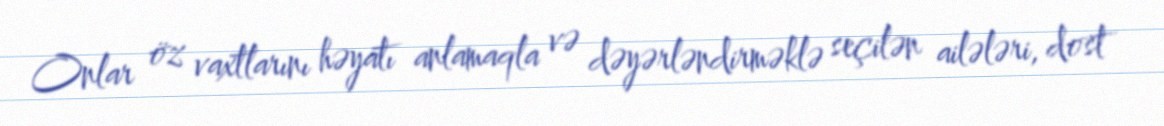
Onlar öz vaxtlarını həyatı anlamaqla və dəyərləndirməklə seçilən ailələri, dost